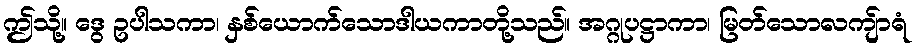
ဤသို့။ ဒွေ ဥပါသကာ၊ နှစ်ယောက်သောဒါယကာတို့သည်။ အဂ္ဂုပဋ္ဌာကာ၊ မြတ်သောလကျ်ာရံ